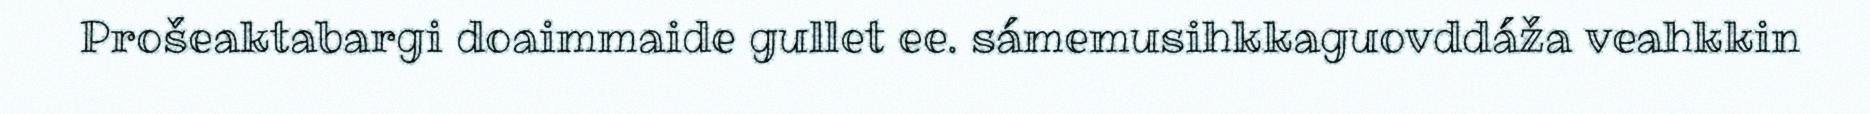
Prošeaktabargi doaimmaide gullet ee. sámemusihkkaguovddáža veahkkin